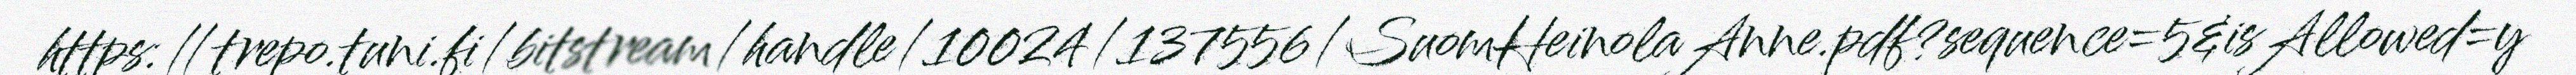
https://trepo.tuni.fi/bitstream/handle/10024/137556/SuomHeinolaAnne.pdf?sequence=5&isAllowed=y